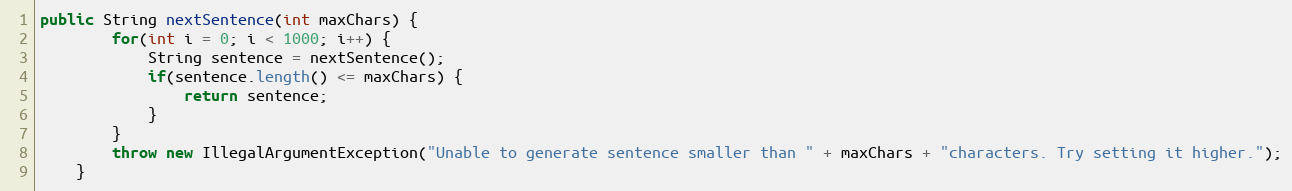
Language: Java
public String nextSentence(int maxChars) {
		for(int i = 0; i < 1000; i++) {
			String sentence = nextSentence();
			if(sentence.length() <= maxChars) {
				return sentence;
			}
		}
		throw new IllegalArgumentException("Unable to generate sentence smaller than " + maxChars + "characters. Try setting it higher.");
	}